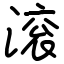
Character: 滚